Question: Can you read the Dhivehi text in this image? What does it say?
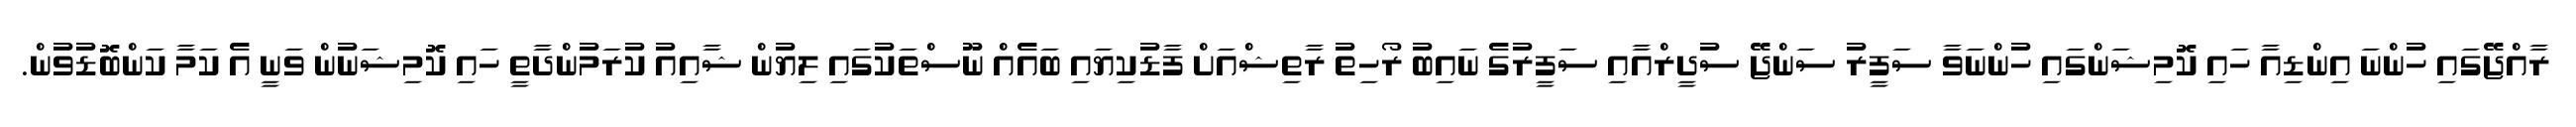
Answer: ރާއްޖޭގައި ހުންނަ އިންޑިއާ ހައި ކޮމިޝަންގައި ހުންނަވާ ސަފީރު ސަންޖޭ ސުދީރްއާއި ސަފީރުގެ ނައިބު ރޯހިތު ރާތިޝްއަށް ފާޑުކިޔައި ބައެއް ނޫސްތަކުގައި ލިޔުން ޝާއިއު ކުރަމުންދާތީ ހައި ކޮމިޝަނުން ވަނީ އެ ކަމާ ކަންބޮޑުވުން.